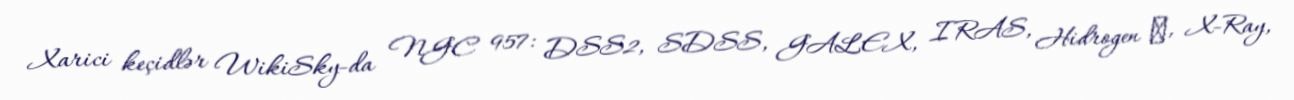
Xarici keçidlər WikiSky-da NGC 957: DSS2, SDSS, GALEX, IRAS, Hidrogen α, X-Ray,